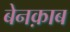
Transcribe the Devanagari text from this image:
बेनक़ाब